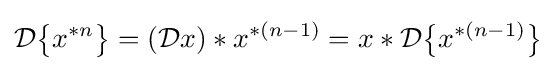
{\mathcal {D}}{\big \{}x^{*n}{\big \}}=({\mathcal {D}}x)*x^{*(n-1)}=x*{\mathcal {D}}{\big \{}x^{*(n-1)}{\big \}}